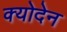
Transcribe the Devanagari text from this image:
क्योदेन